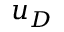
u _ { D }